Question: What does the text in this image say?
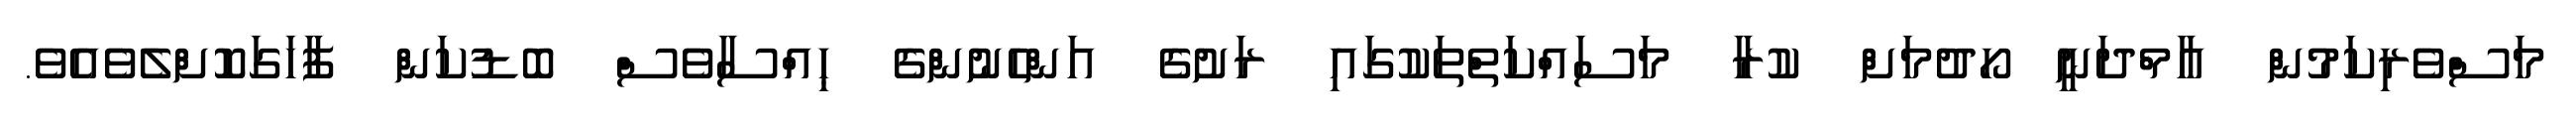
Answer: މަސްވެރިކަމުން އާމްދަނީ ހޯދުމަށް ކުރާ މަސައްކަތްތަކުގައި ރަށުގެ އަންހެނުންގެ ޙިއްސާވެސް ބޮޑުކަން ފާހަގަކޮށްލެވެއެވެ.